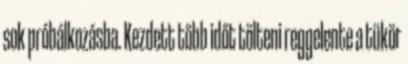
sok próbálkozásba. Kezdett több időt tölteni reggelente a tükör